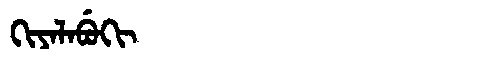
Manchu: ᡴᡳᠶᠠᠯᠠᠪᡠᡴᡳ
Romanization: KIYALABUKI